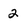
Character: 2